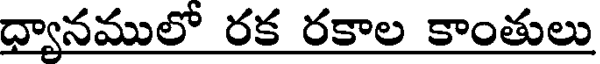
ద్యానములో రక రకాల కాంతులు